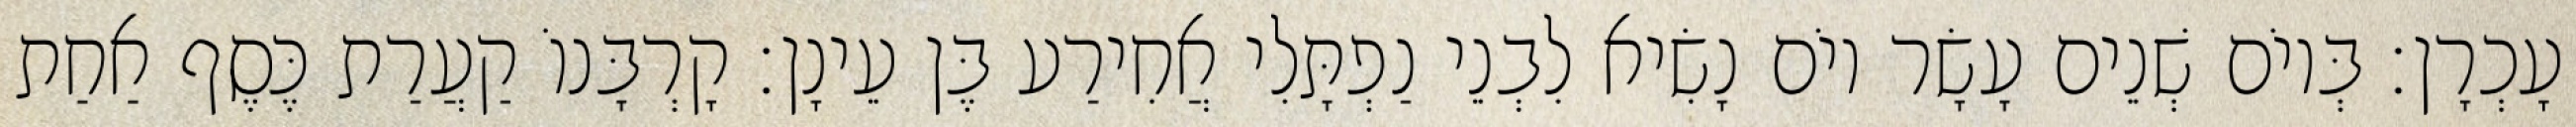
עָכְרָן׃ בְּיוֹם שְׁנֵים עָשָׂר יוֹם נָשִׂיא לִבְנֵי נַפְתָּלִי אֲחִירַע בֶּן עֵינָן׃ קָרְבָּנוֹ קַעֲרַת כֶּסֶף אַחַת